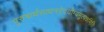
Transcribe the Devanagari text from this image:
पुरुषार्थसाधनदेवयोग्यमुत्पन्नमिति